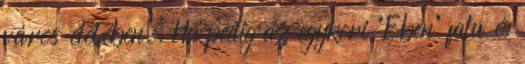
város életében. Ha pedig az egykori "Eben" falu és